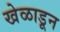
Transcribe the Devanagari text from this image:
खेळाडून